Newspaper: The Seattle post-intelligencer. [volume]
Place of publication: Seattle, Wash. Terr. [Wash.]
Publisher: Post-Intelligencer Pub. Co.
Date: 1895-11-03 00:00:00
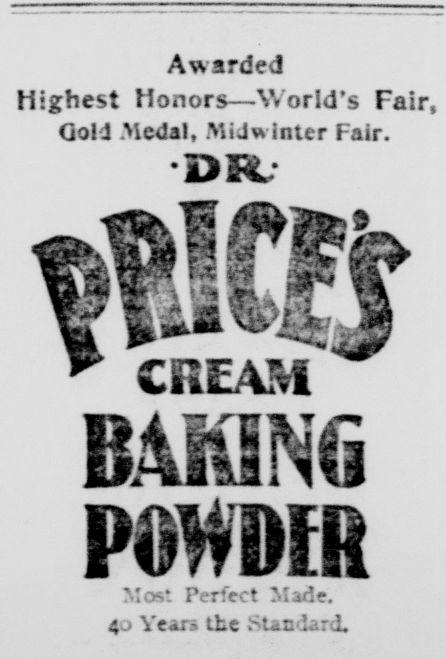
Advertisement text (OCR):
Awarded highest Honors—World's Fair, Gold Medal, Midwinter Fair. DR- CREAM PoIiDIR Most Perfect Made. 4 j Vear» the Stan'lard.
Label: text-only